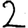
Digit: 2